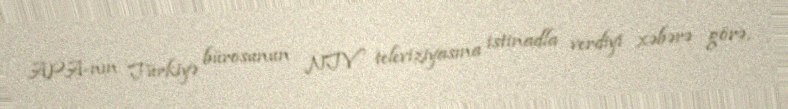
APA-nın Türkiyə bürosunun NTV televiziyasına istinadla verdiyi xəbərə görə,